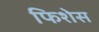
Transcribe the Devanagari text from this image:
फिशेस